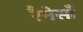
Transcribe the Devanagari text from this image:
रैनेसाँ